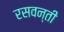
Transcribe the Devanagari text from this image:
रसवन्ती